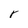
Character: r